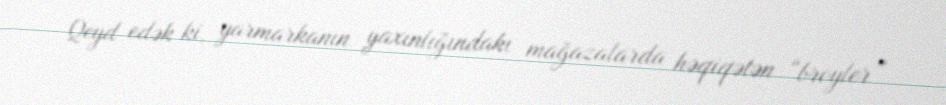
Qeyd edək ki, yarmarkanın yaxınlığındakı mağazalarda həqiqətən “broyler”